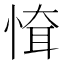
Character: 𢝉